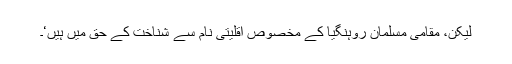
لیکن، مقامی مسلمان روہنگیا کے مخصوص اقلیتی نام سے شناخت کے حق میں ہیں‘۔